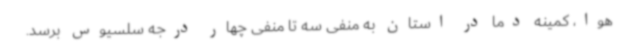
هوا، کمینه دما در استان به منفی سه تا منفی چهار درجه سلسیوس برسد.